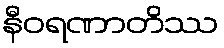
နီဝရဏာတိဿ